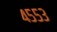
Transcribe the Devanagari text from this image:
४५५३